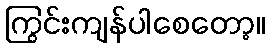
ကြွင်းကျန်ပါစေတော့။